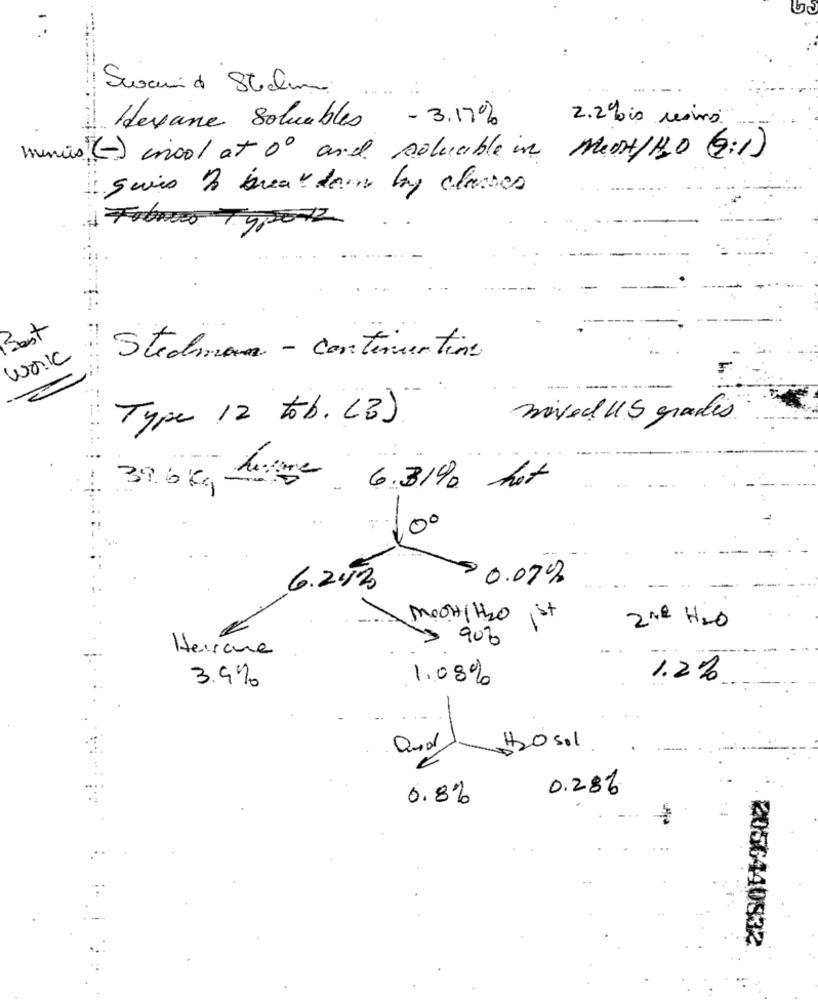
1) Hevane soluables - 3.17%
2.2%is resino
minis (-) cool at 00 and soluable in MedHIHO (6:1)
Swis & break down by classes
Fibres Typerz
Best
work
Stedman - continuation
Type 12 tob . (B ).
nived US grades
hat
39.6k Luge 6.31%
100
$ 0.07%
6.253
MOCHIH2O 1st
2 Nd H2O
90%
Herrone
3.9%
1.2%
1.08%
Duval $20 sol
0.286
0.8%
2056440832